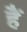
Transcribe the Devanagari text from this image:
हैें